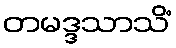
တမဒ္ဒသာသိံ